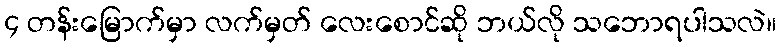
၄ တန်းမြောက်မှာ လက်မှတ် လေးစောင်ဆို ဘယ်လို သဘောရပါသလဲ။